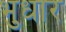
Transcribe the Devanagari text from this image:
भुधार